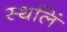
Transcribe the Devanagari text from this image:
स्थलिं